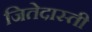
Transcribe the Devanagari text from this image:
जितेदास्ती